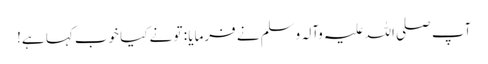
آپ صلی اللہ علیہ وآلہ وسلم نے فرمایا : تو نے کیا خوب کہا ہے!